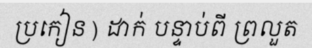
ប្រកៀន ) ដាក់ បន្ទាប់ពី ព្រលួត